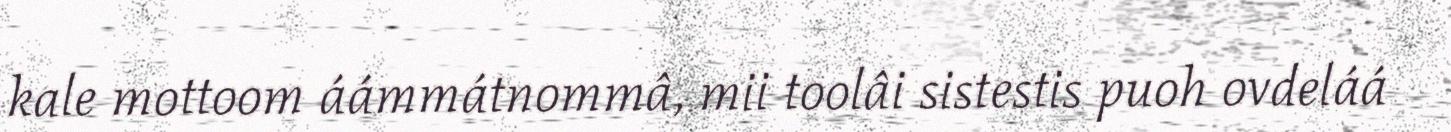
kale mottoom áámmátnommâ, mii toolâi sistestis puoh ovdeláá